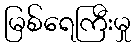
မြစ်ရေကြီးမှု